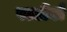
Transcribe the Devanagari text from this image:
पत्तीवो